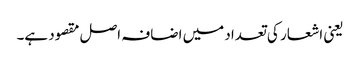
یعنی اشعار کی تعداد میں اضافہ اصل مقصود ہے۔